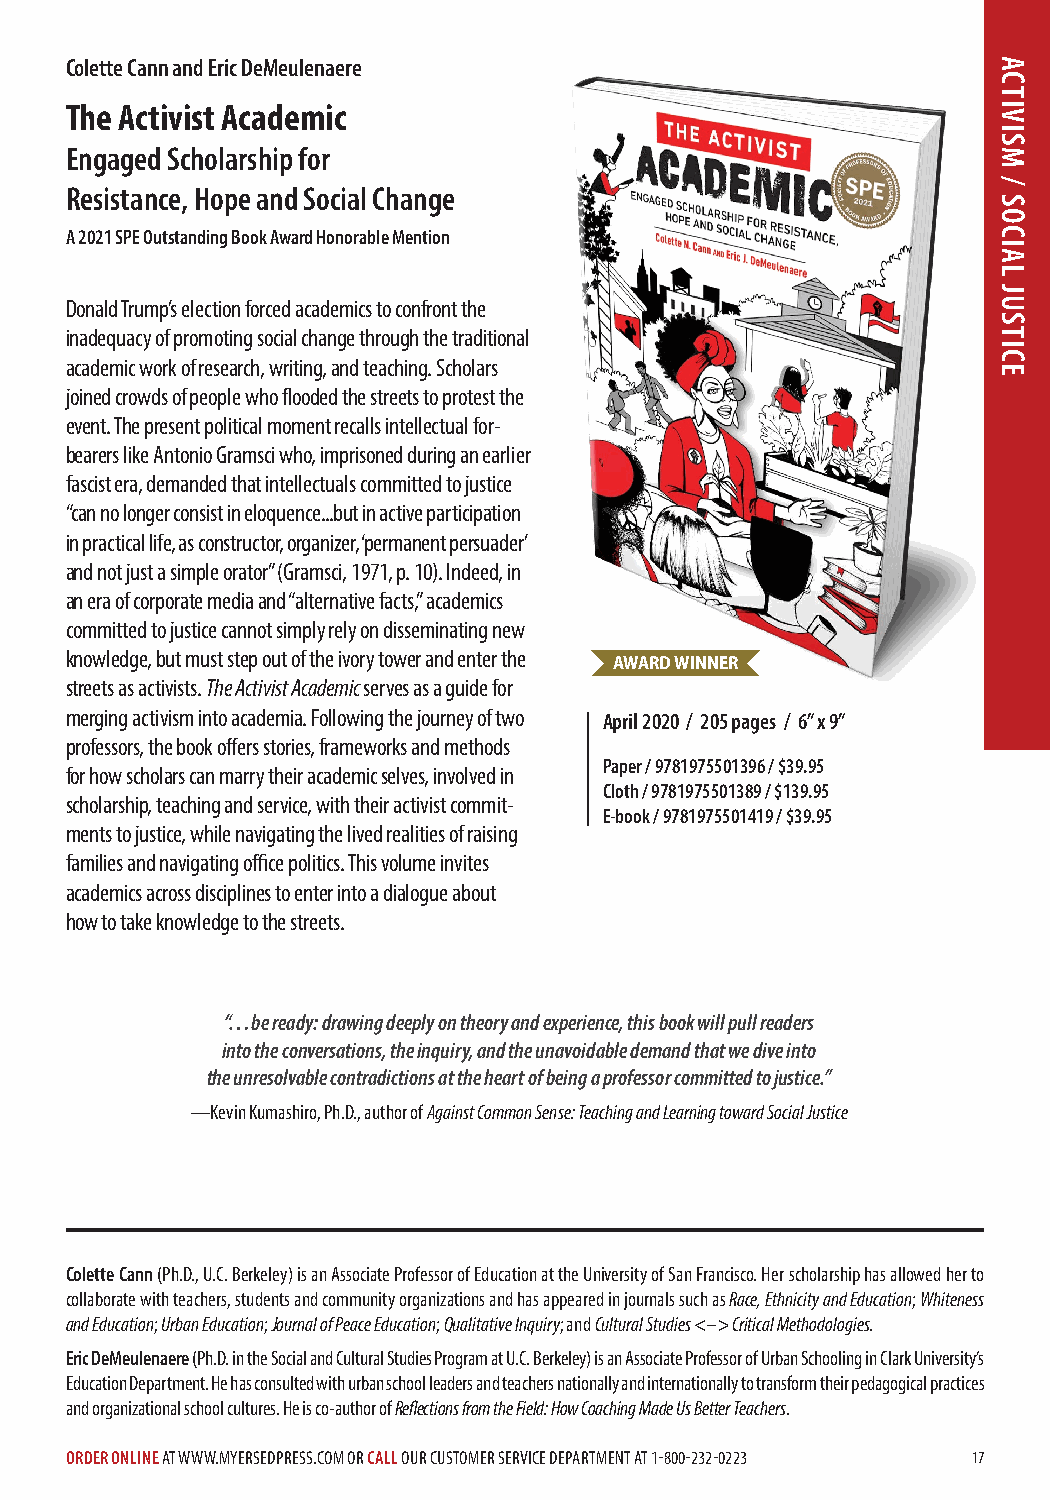
Colette Cann and Eric DeMeulenaere
 The Activist Academic
 Engaged Scholarship for
 Resistance, Hope and Social Change
 A 2021 SPE Outstanding Book Award Honorable Mention
 Donald Trump’s election forced academics to confront the
 inadequacy of promoting social change through the traditional
 academic work of research, writing, and teaching. Scholars
 joined crowds of people who flooded the streets to protest the
 event. The present political moment recalls intellectual for-
 bearers like Antonio Gramsci who, imprisoned during an earlier
 fascist era, demanded that intellectuals committed to justice
 “can no longer consist in eloquence...but in active participation
 in practical life, as constructor, organizer, ‘permanent persuader’
 and not just a simple orator” (Gramsci, 1971, p. 10). Indeed, in
 an era of corporate media and “alternative facts,” academics
 committed to justice cannot simply rely on disseminating new
 knowledge, but must step out of the ivory tower and enter the
 AWARD WINNER
 streets as activists. The Activist Academic serves as a guide for
 merging activism into academia. Following the journey of two April 2020 / 205 pages / 6” x 9”
 professors, the book offers stories, frameworks and methods
 Paper / 9781975501396 / $39.95
 for how scholars can marry their academic selves, involved in
 Cloth / 9781975501389 / $139.95
 scholarship, teaching and service, with their activist commit-
 E-book / 9781975501419 / $39.95
 ments to justice, while navigating the lived realities of raising
 families and navigating office politics. This volume invites
 academics across disciplines to enter into a dialogue about
 how to take knowledge to the streets.
 “…be ready: drawing deeply on theory and experience, this book will pull readers
 into the conversations, the inquiry, and the unavoidable demand that we dive into
 the unresolvable contradictions at the heart of being a professor committed to justice.”
 —Kevin Kumashiro, Ph.D., author of Against Common Sense: Teaching and Learning toward Social Justice
 Colette Cann (Ph.D., U.C. Berkeley) is an Associate Professor of Education at the University of San Francisco. Her scholarship has allowed her to
 collaborate with teachers, students and community organizations and has appeared in journals such as Race, Ethnicity and Education; Whiteness
 and Education; Urban Education; Journal of Peace Education; Qualitative Inquiry; and Cultural Studies <–> Critical Methodologies.
 Eric DeMeulenaere (Ph.D. in the Social and Cultural Studies Program at U.C. Berkeley) is an Associate Professor of Urban Schooling in Clark University’s
 Education Department. He has consulted with urban school leaders and teachers nationally and internationally to transform their pedagogical practices
 and organizational school cultures. He is co-author of Reflections from the Field: How Coaching Made Us Better Teachers.
 ORDER ONLINE AT WWW.MYERSEDPRESS.COM OR CALL OUR CUSTOMER SERVICE DEPARTMENT AT 1-800-232-0223 17
 ACTIVISM
 /
 SOCIAL
 JUSTICE